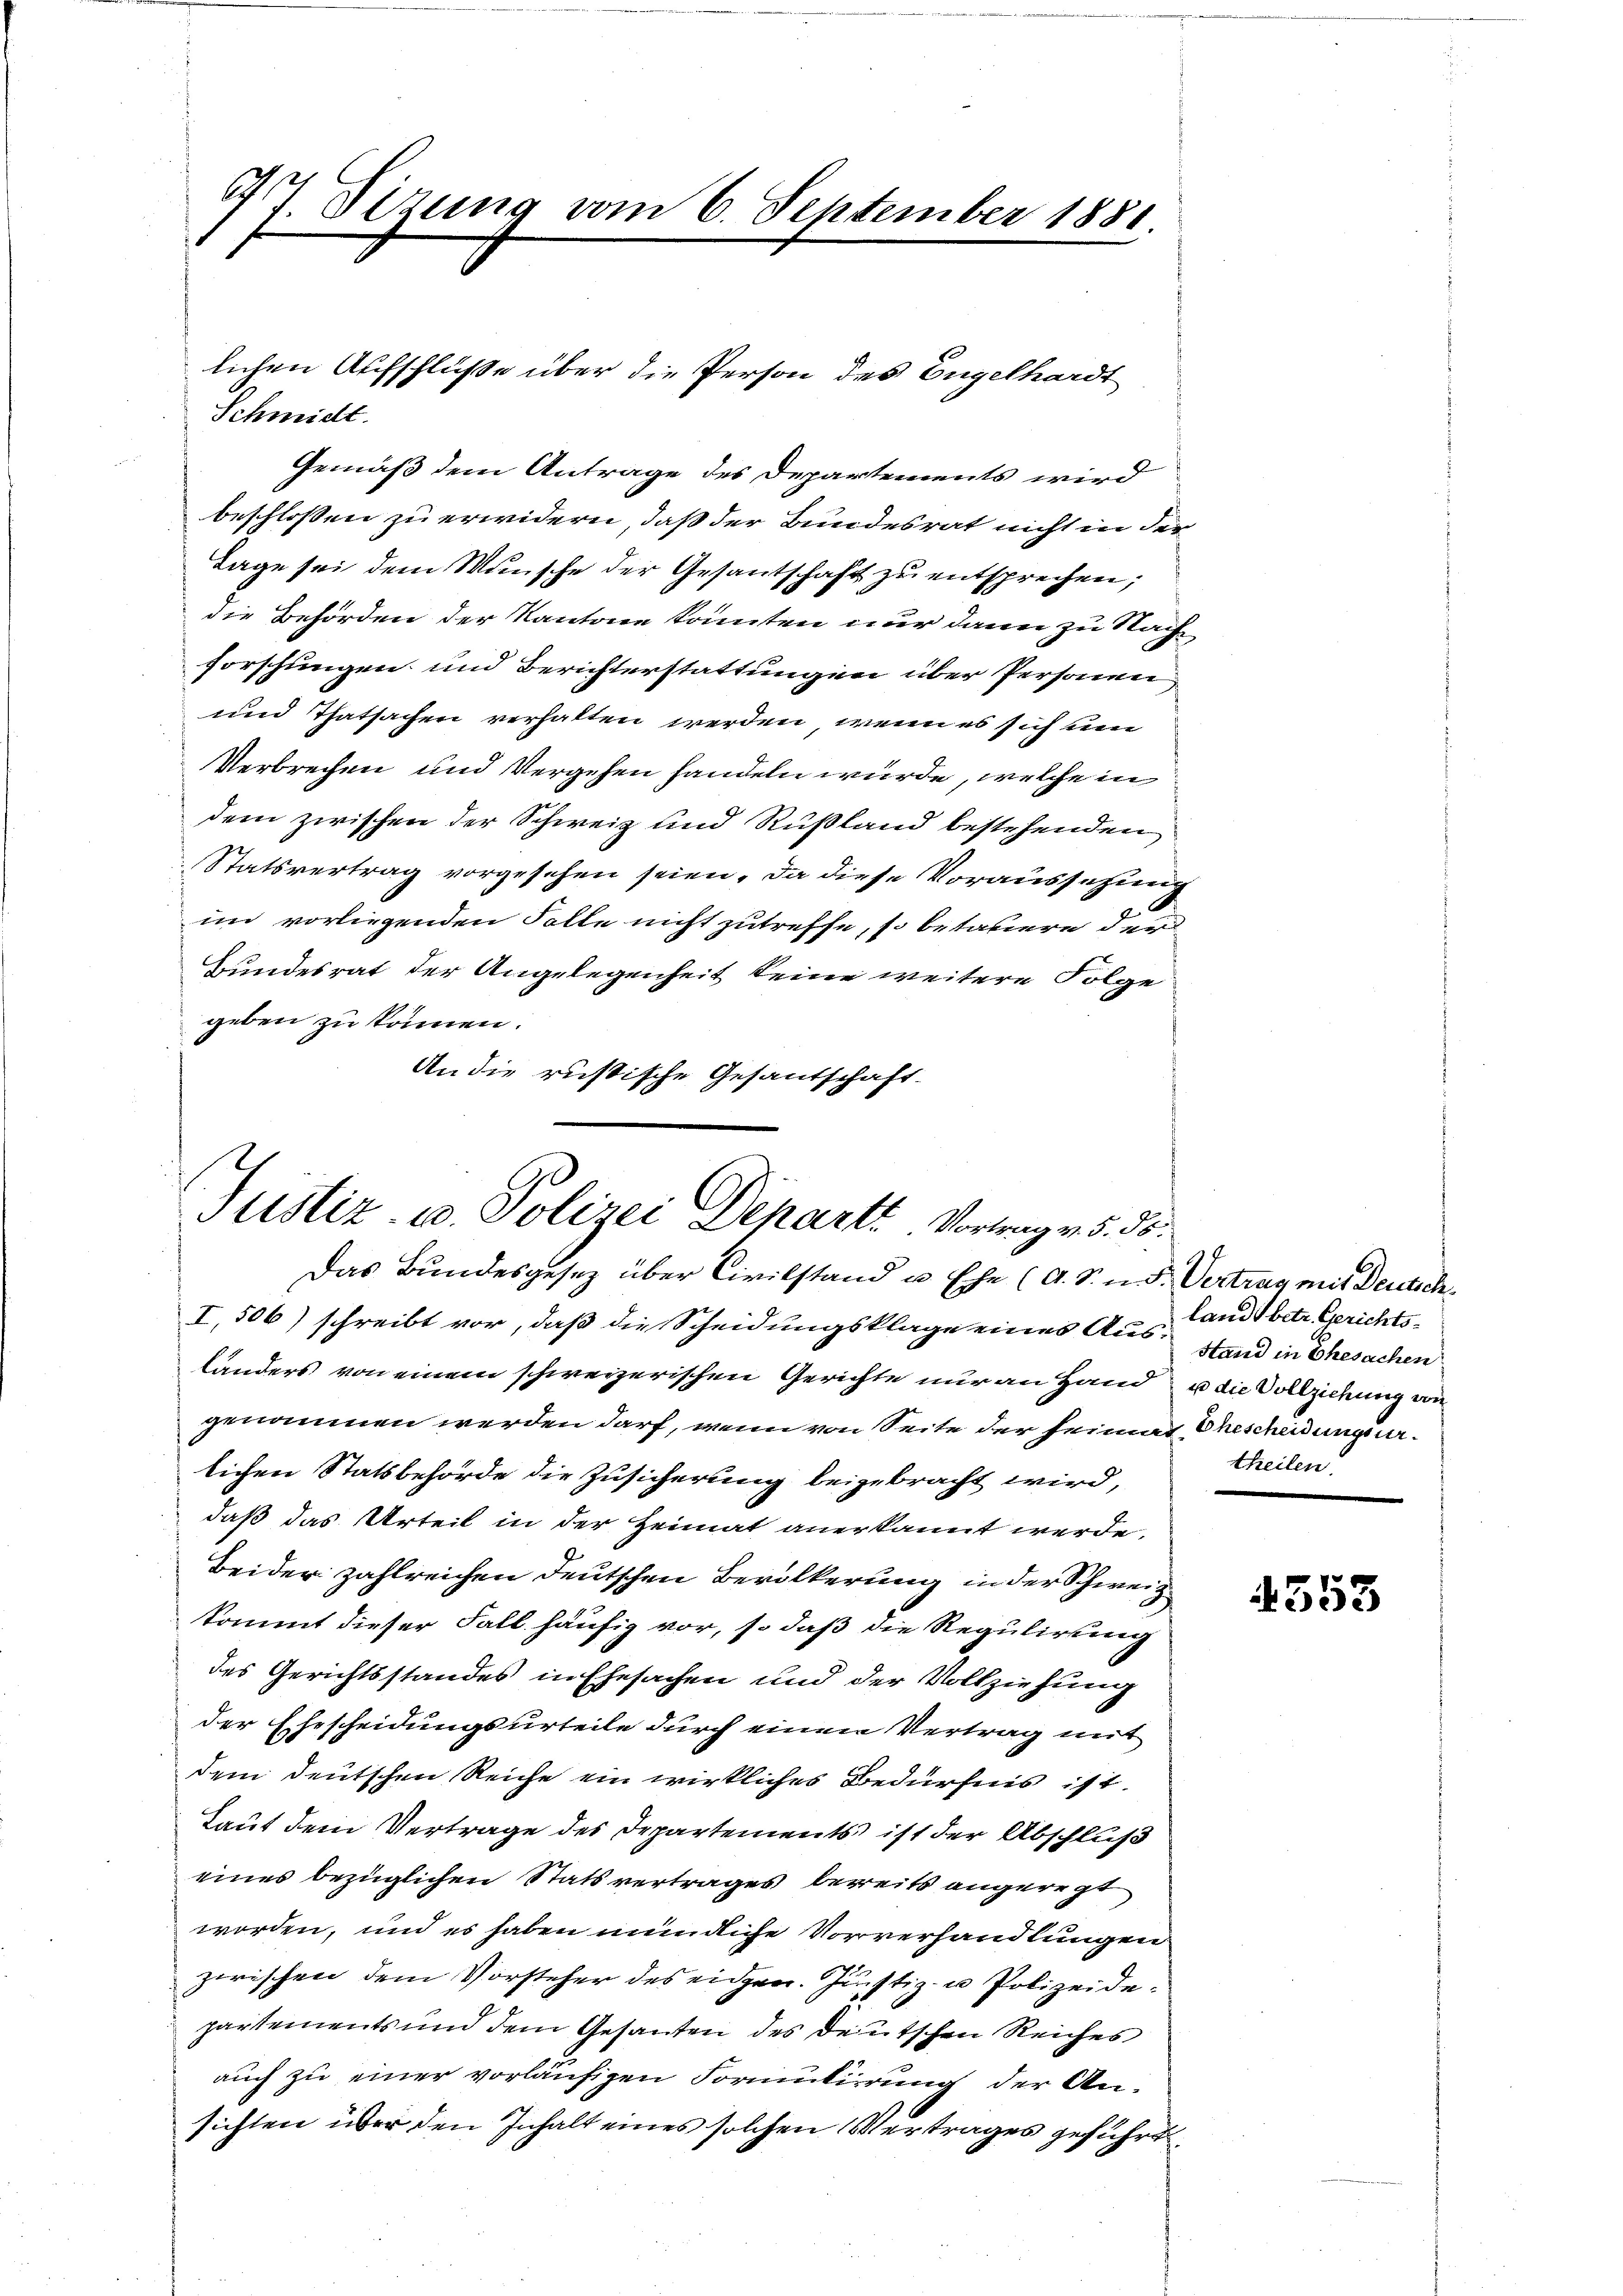
44 Sizung vom 6. September 1881.

lichen Aufschlüße über die Person des Engelhardt
Schmidt.
Gemäß dem Antrage des Departements wird
beschlossen zu erwidern, daß der Bundesrat nicht in der
Lage sei dem Wunsche der Gesantschaft zu entsprechen;
die Behörden der Kantone könnten nur dann zu Nach
forschungen und Berichterstattungen über Personen
und Thatsachen verhalten werden, wenn es sich um
Verbrechen und Vergehen handeln würde, welche in
dem zwischen der Schweiz und Rußland bestehenden
Statsvertrag vorgesehen seien. Da diese Voraussetzung
im vorliegenden Folle nicht zutreffe, so betatiere der
Bundesrat der Angelegenheit keine weitere Folge
geben zu können.
An die russische Gesandschaft.

Justiz- u. Polizei Departe Vortrag v. 5. ds.

Das Bundesgesetz über Civilstand u. Ehe (d. S. n. F. Vertrag mit Deutsche
I, 506) schreibt vor, daß die Scheidungsklage eines Ausstand in Ehesachen
länders von einem schweizerischen Gerichte nur an Hand u die Vollziehung wegenommen werden darf, wenn von Seite der heimat Ehescheidungsurlichen Statsbehörde die Zusicherung beigebracht wird,
daß das Urteil in der Heimat anerkannt werde.
Beider zahlreichen deutschen Bevölkerung in der Schweiz
kommt dieser Fall häufig vor, so daß die Regulirung
des Gerichtsstandes in Ehesachen und der Vollziehung
der Ehescheidungsurteile durch einen Vertrag mit
dem deutschen Reiche ein wirkliches Bedürfnis ist.
Laut dem Vertrage des Departements ist der Abschluß
eines bezüglichen Statsvertrages bereits angeregt
worden, und es haben mündliche Vorverhandlungen
zwischen dem Vorsteher des eidgen. Justiz- u Polizeide¬
.
partements um dem Gesanten des deutschen Reiches
auch zu einer vorläufigen Formulierung der Ansichten über den Inhalt eines solchen Vertrages geführt

land betr. Gerichtstheilen.

4353